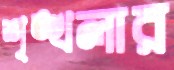
শৃঙ্খলার